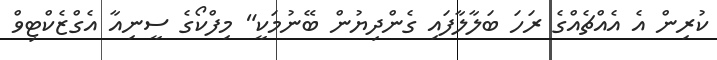
ކުރިން އެ އެއްޗެއްގެ ރަހަ ބަލާލާފައި ގެންދިޔުން ބޭނުމަކީ" މިފްކޯގެ ސީނިއާ އެގްޒެކްޓިވް